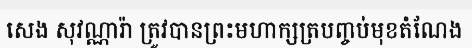
សេង សុវណ្ណារ៉ា ត្រូវបានព្រះមហាក្សត្របញ្ចប់មុខតំណែង